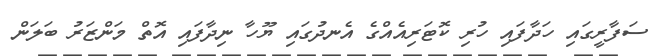
ސަފާރީގައި ހަދާފައި ހުރި ކޮޓަރިއެއްގެ އެނދުގައި ޔޫހާ ނިދާފައި އޮތް މަންޒަރު ބަލަން